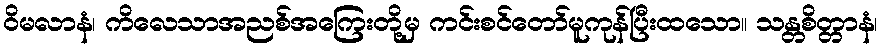
ဝိမလာနံ၊ ကိလေသာအညစ်အကြေးတို့မှ ကင်းစင်တော်မူကုန်ပြီးထသော။ သန္တစိတ္တာနံ၊